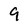
Character: 9